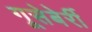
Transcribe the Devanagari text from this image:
गूसेबेर्री